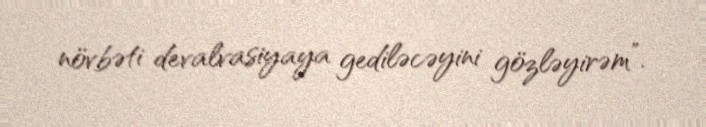
növbəti devalvasiyaya gediləcəyini gözləyirəm”.